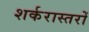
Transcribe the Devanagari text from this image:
शर्करास्तरों